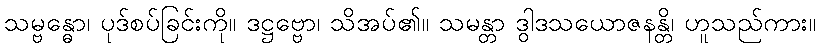
သမ္ဗန္ဓော၊ ပုဒ်စပ်ခြင်းကို။ ဒဋ္ဌဗ္ဗော၊ သိအပ်၏။ သမန္တာ ဒွါဒသယောဇနန္တိ၊ ဟူသည်ကား။